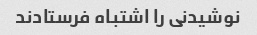
نوشیدنی را اشتباه فرستادند